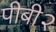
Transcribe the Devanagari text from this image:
पीबी२